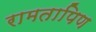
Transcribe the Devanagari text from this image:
रामतापिण